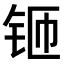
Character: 𫓬